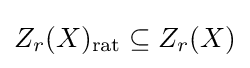
Z_{r}(X)_{\text{rat}}\subseteq Z_{r}(X)